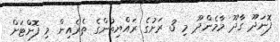
ފޮނަދޫ ގާދޫ މާމެންދޫ މި 3 ރަށުގެ ރައްޔިތުންގެ ތެރެއިން މި ފޮށްޓަށް